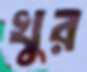
খুর